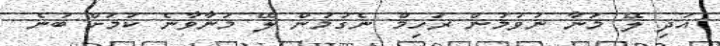
އަދި ލޭ މަނާ ނުވުމުން ރަހިމް ނެގުމުން ލޭ މަނާވާނެ ކަމަށް ބުނެ